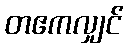
တဧကလျှင်